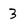
Character: 3